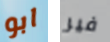
ابو فير